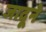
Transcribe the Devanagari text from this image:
जादूने